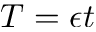
T = \epsilon t